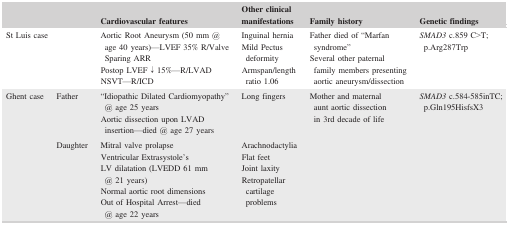
| <COLSPAN=2>  | Cardiovascular features | Other clinical manifestations | Family history | Genetic findings |
 | --- | --- | --- | --- | --- | --- |
 | <COLSPAN=2> St Luis case | Aortic Root Aneurysm (50 mm @ age 40 years)—LVEF 35% R/Valve Sparing ARRPostop LVEF ↓ 15%—R/LVADNSVT—R/ICD | Inguinal herniaMild Pectus deformityArmspan/length ratio 1.06 | Father died of “Marfan syndrome”Several other paternal family members presenting aortic aneurysm/dissection | SMAD3 c.859 C>T; p.Arg287Trp |
 | Ghent case | Father | “Idiopathic Dilated Cardiomyopathy” @ age 25 yearsAortic dissection upon LVAD insertion—died @ age 27 years | Long fingers | Mother and maternal aunt aortic dissection in 3rd decade of life | SMAD3 c.584‐585inTC; p.Gln195HisfsX3 |
 |  | Daughter | Mitral valve prolapseVentricular Extrasystole'sLV dilatation (LVEDD 61 mm @ 21 years)Normal aortic root dimensionsOut of Hospital Arrest—died @ age 22 years | ArachnodactyliaFlat feetJoint laxityRetropatellar cartilage problems |  |  |